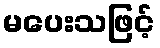
မပေးသဖြင့်